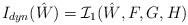
LaTeX: \begin{align*}I_{dyn}(\hat{W})=\mathcal{I}_1(\hat{W}, F, G, H)\end{align*}